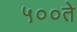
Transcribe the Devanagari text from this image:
५००ते